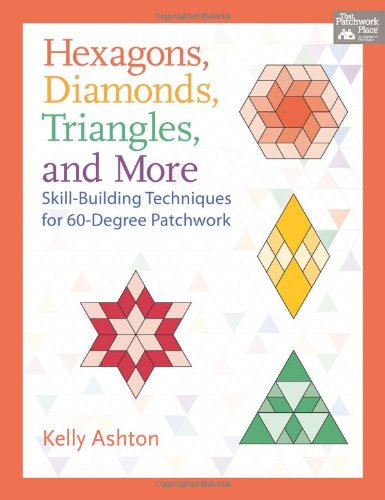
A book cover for Hexagons, Diamonds, Triangles, and More: Skill-Building Techniques for 60-Degree Patchwork; Kelly Ashton; Crafts, Hobbies & Home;